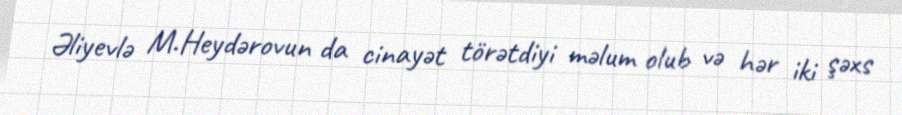
Əliyevlə M.Heydərovun da cinayət törətdiyi məlum olub və hər iki şəxs